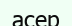
асер